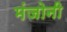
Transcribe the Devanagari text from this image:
मंजोनी